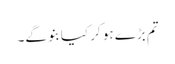
تم بڑے ہو کر کیا بنو گے۔